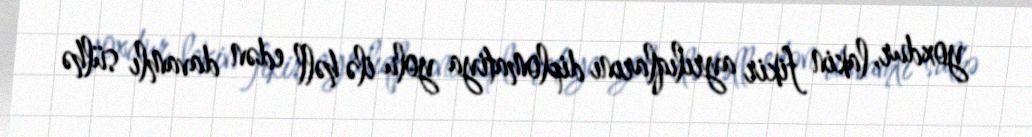
yoxdur, lakin fikir ayrılıqlarını diplomatiya yolu ilə həll edən davamlı sülhə